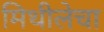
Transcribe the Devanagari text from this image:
मिथीलेचा